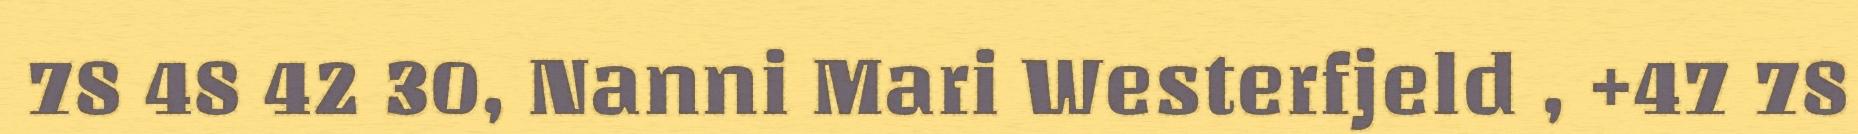
78 48 42 30, Nanni Mari Westerfjeld , +47 78